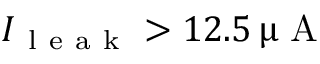
I _ { \mathrm { ~ l ~ e ~ a ~ k ~ } } > 1 2 . 5 \, \upmu \mathrm { ~ A ~ }